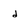
Character: d